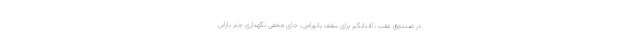
در صندوق عقب، آفتابگیر برای سقف پانورامی، جای مخفی نگهداری چتر بارانی